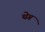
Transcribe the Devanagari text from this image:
थेग